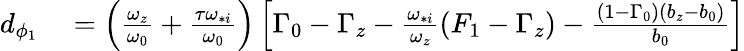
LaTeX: \begin{array}{rl}{d_{\phi_{1}}}&{{}=\left(\frac{\omega_{z}}{\omega_{0}}+\frac{\tau\omega_{*i}}{\omega_{0}}\right)\left[\Gamma_{0}-\Gamma_{z}-\frac{\omega_{*i}}{\omega_{z}}\left(F_{1}-\Gamma_{z}\right)-\frac{\left(1-\Gamma_{0}\right)\left(b_{z}-b_{0}\right)}{b_{0}}\right]}\end{array}